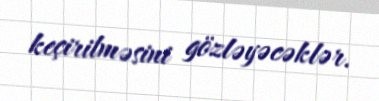
keçirilməsini gözləyəcəklər.